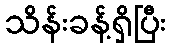
သိန်းခန့်ရှိပြီး